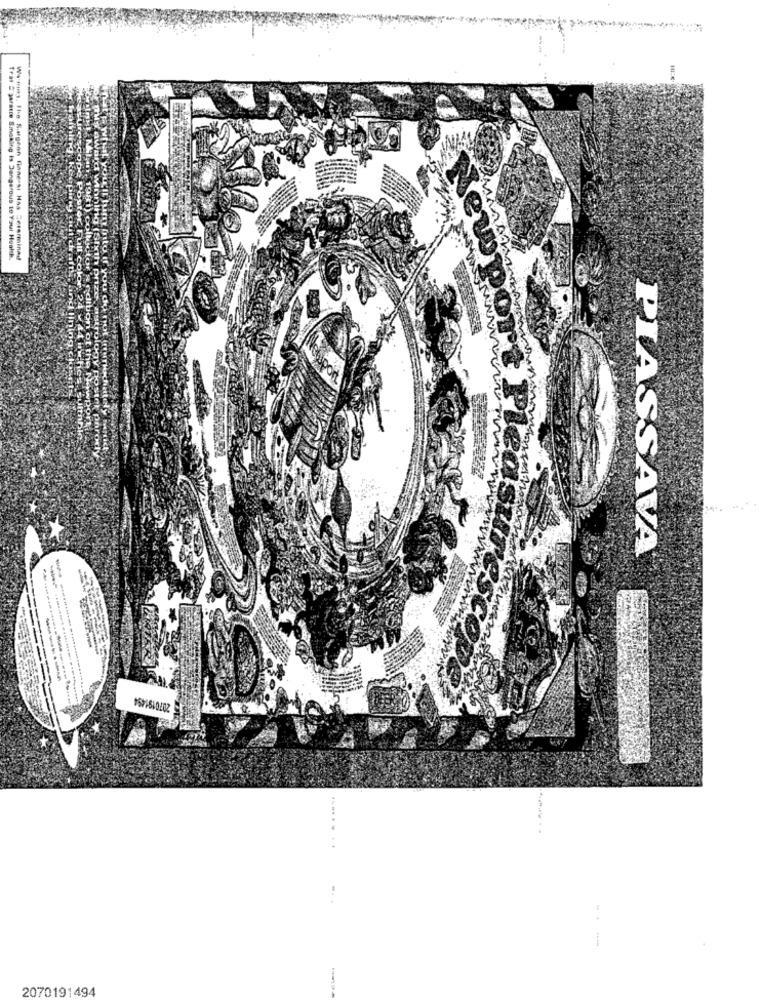
WinnIn
Poster
1981)C
eu
Trat # gerente Smoking is Dangerous to Your Health.
Wemma, the Sagenn Finnersi Haa Sererminad
PIASSAVA
------
...
2070191494